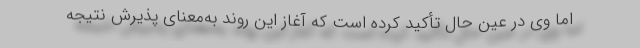
اما وی در عین حال تأکید کرده است که آغاز این روند به‌معنای پذیرش نتیجه